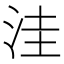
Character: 洼